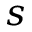
s